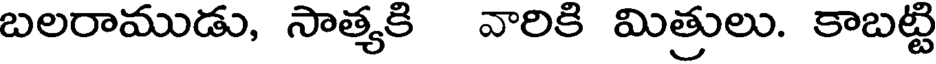
బలరాముడు, సాత్యకి వారికి మిత్రులు. కాబట్టి